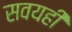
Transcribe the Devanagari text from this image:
सवयही